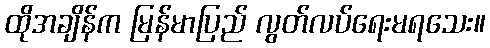
ထိုအချိန်က မြန်မာပြည် လွတ်လပ်ရေးမရသေး။